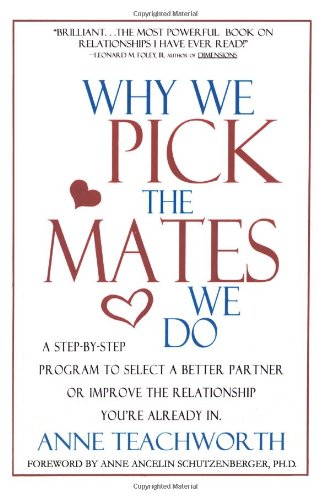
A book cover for Why We Pick the Mates We Do: A Step-by-step Program To Select a Better Partner or Improve the Relationship You're Already In (Psychogenetics System); Anne Teachworth; Self-Help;